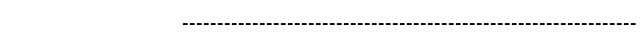
-----------------------------------------------------------------